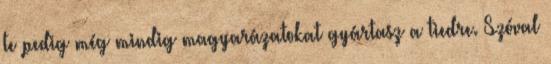
te pedig még mindig magyarázatokat gyártasz a tiedre. Szóval